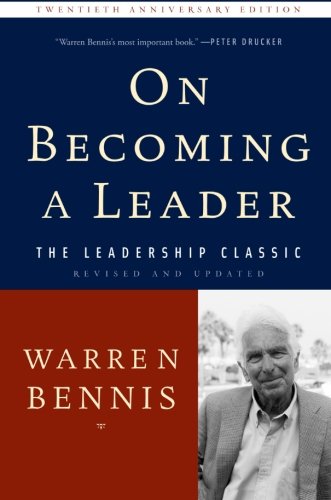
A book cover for On Becoming a Leader; Warren Bennis; Business & Money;